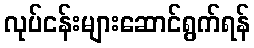
လုပ်ငန်းများဆောင်ရွက်ရန်